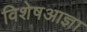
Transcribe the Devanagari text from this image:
विशेषआज्ञा